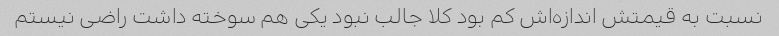
نسبت به قیمتش اندازه‌اش کم بود کلا جالب نبود یکی هم سوخته داشت راضی نیستم